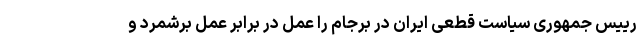
رییس جمهوری سیاست قطعی ایران در برجام را عمل در برابر عمل برشمرد و